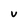
Character: U